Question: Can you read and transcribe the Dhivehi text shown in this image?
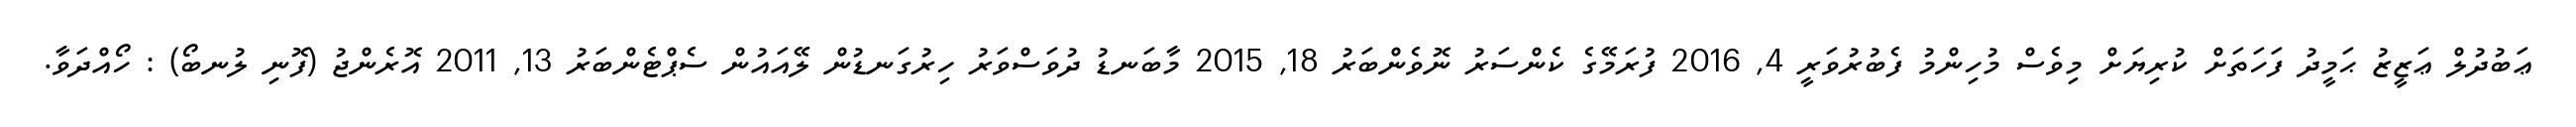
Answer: ޢަބުދުލް ޢަޒީޒު ޙަމީދު ފަހަތަށް ކުރިޔަށް މިވެސް މުހިންމު ފެބުރުވަރީ 4, 2016 ފުރަމޭގެ ކެންސަރު ނޮވެންބަރު 18, 2015 މާބަނޑު ދުވަސްވަރު ހިރުގަނޑުން ލޭއައުން ސެޕްޓެންބަރު 13, 2011 އޮރެންޖު (ފޮނި ލުނބޯ) : ހޯއްދަވާ.